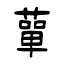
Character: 蕇